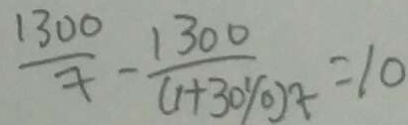
\frac { 1 3 0 0 } { x } - \frac { 1 3 0 0 } { ( 1 + 3 0 \% ) x = 1 0 }